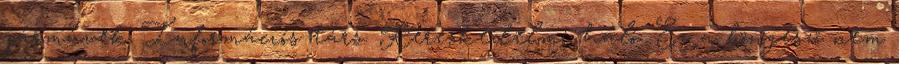
járművek Információs társ. Kereskedelmi háló. Ez a böngésző nem